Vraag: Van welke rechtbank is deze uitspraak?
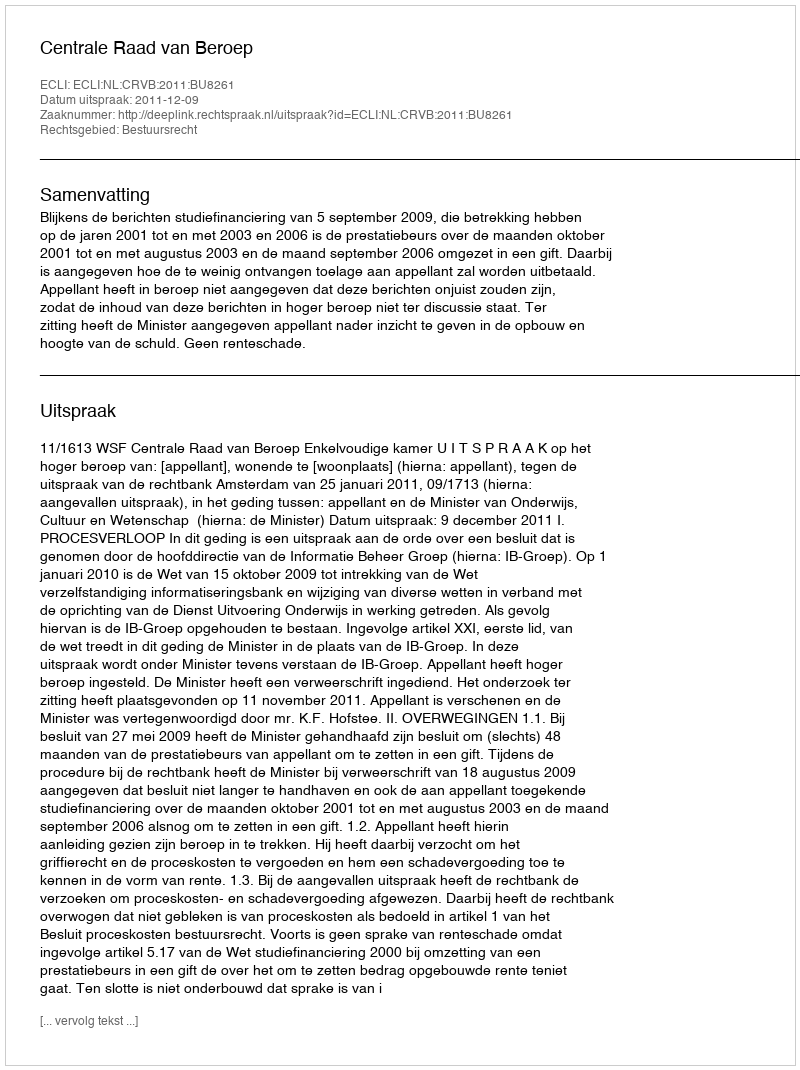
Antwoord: Centrale Raad van Beroep